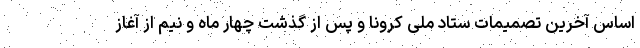
اساس آخرین تصمیمات ستاد ملی کرونا و پس از گذشت چهار ماه و نیم از آغاز